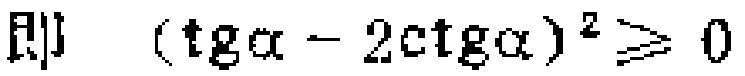
即 \((\operatorname{tg}\alpha - 2\operatorname{ctg}\alpha)^2 \geqslant 0\)